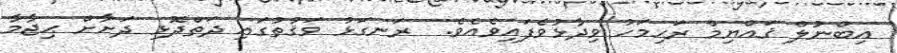
އިބްނުލް ޤައްޔިމް ރަޙިމަހު ވިދާޅުވެފައިވެއެވެ.  ރަނގަޅު ވަޤުތުގައި ދަތްދޮޅި ދަށާށް ޙިޖާމާ